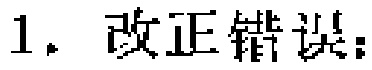
1. 改正错误：